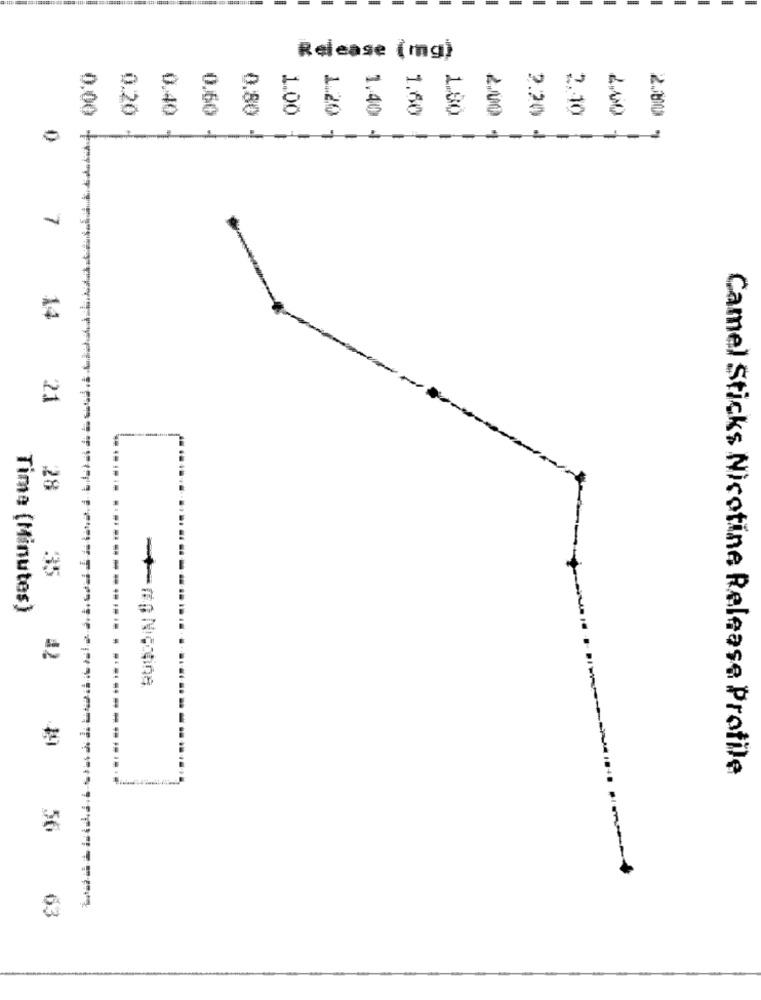
Release (mg)
0.20
0.40
0.50
1.00
1.20
1.80
0.00
0.80
1.40
1.60
2.00
2.20
2.10
2,00
2.80
7
14
21
28
:35
Time (Minutes)
--.
Camel Sticks Nicotine Release Protile
56
63